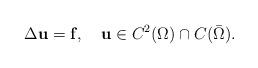
LaTeX: \begin{align*}\Delta\bold u=\bold f,\quad\bold u\in C^2(\Omega)\cap C(\bar\Omega).\end{align*}